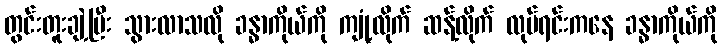
တွင်းတူးချဲ့ပြီး သွားလာသလို ခန္ဓာကိုယ်ကို ကျုံ့လိုက် ဆန့်လိုက် လုပ်ရင်းကနေ ခန္ဓာကိုယ်ကို